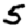
Digit: 5